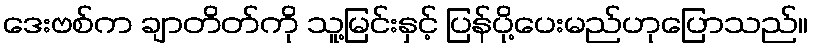
ဒေးဗစ်က ချာတိတ်ကို သူ့မြင်းနှင့် ပြန်ပို့ပေးမည်ဟုပြောသည်။